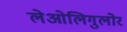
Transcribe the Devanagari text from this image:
लेओलिगुलोर